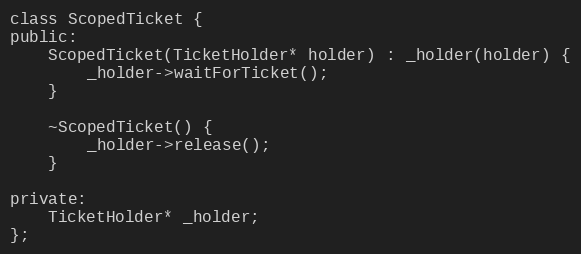
Language: C
class ScopedTicket {
public:
    ScopedTicket(TicketHolder* holder) : _holder(holder) {
        _holder->waitForTicket();
    }

    ~ScopedTicket() {
        _holder->release();
    }

private:
    TicketHolder* _holder;
};